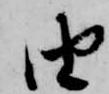
由